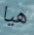
هيا